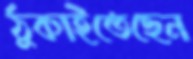
ঠুকাইতেছেন